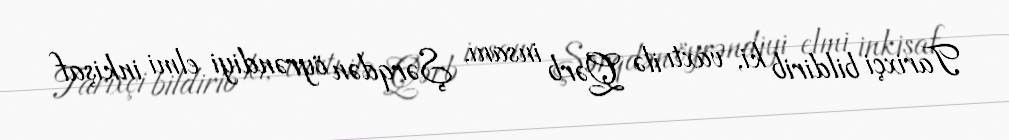
Tarixçi bildirib ki, vaxtı ilə Qərb insanı, Şərqdən öyrəndiyi elmi inkişaf